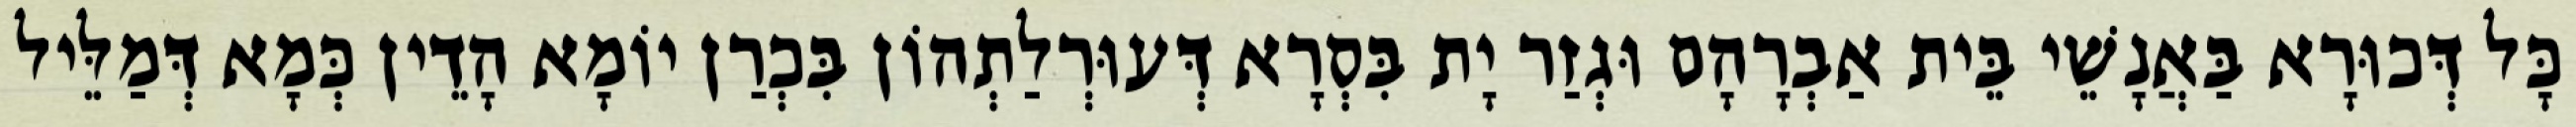
כָּל דְּכוּרָא בַּאֲנָשֵׁי בֵּית אַבְרָהָם וּגְזַר יָת בִּסְרָא דְּעוּרְלַתְהוֹן בִּכְרַן יוֹמָא הָדֵין כְּמָא דְּמַלֵּיל